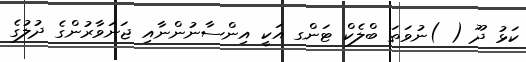
ކަޅު ދޫ ( )ނުވަތަ ބްލެކް ޓަންގ އަކީ އިންސާނުންނާއި ޖަނަވާރުންގެ ދުލުގެ